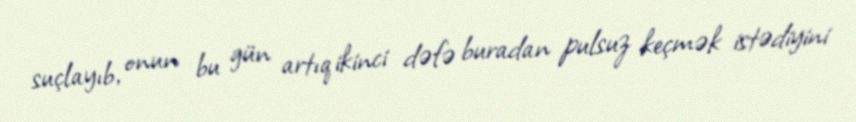
suçlayıb, onun bu gün artıq ikinci dəfə buradan pulsuz keçmək istədiyini